Report of the Indian Hemp Drugs Commission, 1894-1895 - Volume VI
Year: 1894
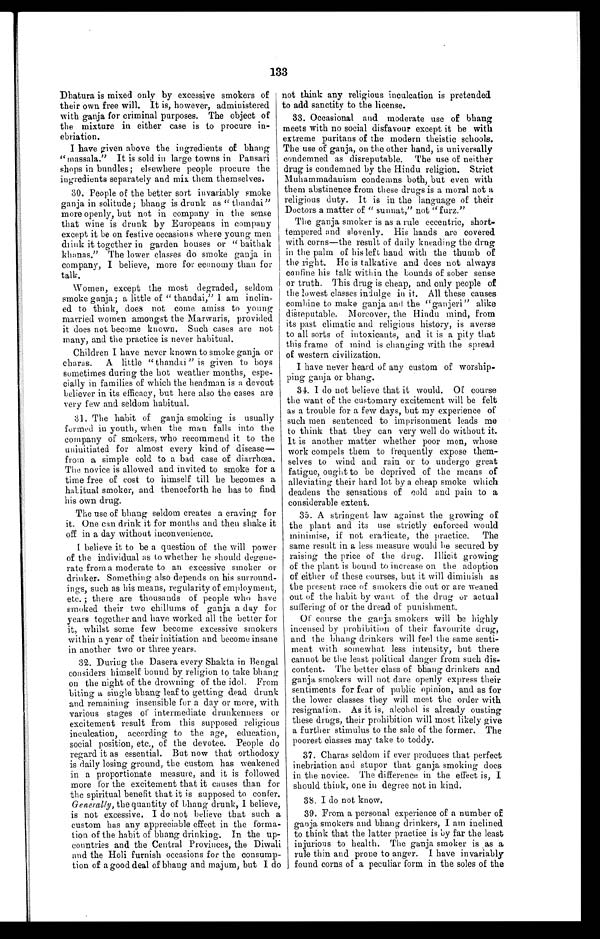
133
Dhatura is mixed only by excessive smokers of
their own free will. It is, however, administered
with ganja for criminal purposes. The object of
the mixture in either case is to procure in
-ebriation.
I have given above the ingredients of bhang
"massala." It is sold in large towns in Pansari
shops in bundles; elsewhere people procure the
ingredients separately and mix them themselves.
30. People of the better sort invariably smoke
ganja in solitude; bhang is drunk as "thandai"
more openly, but not in company in the sense
that wine is drunk by Europeans in company
except it be on festive occasions where young men
drink it together in garden houses or "baithak
khanas." The lower classes do smoke ganja in
company, I believe, more for economy than for
talk.
Women, except the most degraded, seldom
smoke ganja; a little of "thandai," I am inclin
- e d t o t h i n k , d o e s n o t c o m e a m i s s t o y o u n g
married women amongst the Marwaris, provided
it does not become known. Such cases are not
many, and the practice is never habitual.
Children I have never known to smoke ganja or
charas. A little "thandai" is given to boys
sometimes during the hot weather months, espe
- c i a l l y i n f a m i l i e s o f w h i c h t h e h e a d m a n i s a d e v o u t
believer in its efficacy, but here also the cases are
very few and seldom habitual.
31. The habit of ganja smoking is usually
formed in youth, when the man falls into the
company of smokers, who recommend it to the
uninitiated for almost every kind of disease
— f r o m a s i m p l e c o l d t o a b a d c a s e o f d i a r r h œ a .
The novice is allowed and invited to smoke for a
time free of cost to himself till he becomes a
h a b i t u a l s m o k e r , a n d t h e n c e f o r t h h e h a s t o f i n d
his own drug.
The use of bhang seldom creates a craving for
it. One can drink it for months and then shake it
off in a day without inconvenience.
I believe it to be a question of the will power
of the individual as to whether he should degene
- r a t e f r o m a m o d e r a t e t o a n e x c e s s i v e s m o k e r o r
drinker. Something also depends on his surround
-ings, such as his means, regularity of employment,
etc.; there are thousands of people who have
smoked their two chillums of ganja a day for
years together and have worked all the better for
it, whilst some few become excessive smokers
within a year of their initiation and become insane
in another two or three years.
32. During the Dasera every Shakta in Bengal
considers himself bound by religion to take bhang
on the night of the drowning of the idol. From
biting a single bhang leaf to getting dead drunk
and remaining insensible for a day or more, with
various stages of intermediate drunkenness or
excitement result from this supposed religious
inculcation, according to the age, education,
social position, etc., of the devotee. People do
regard it as essential. But now that orthodoxy
i s d a i l y l o s i n g g r o u n d , t h e c u s t o m h a s w e a k e n e d
in a proportionate measure, and it is followed
more for the excitement that it causes than for
the spiritual benefit that it is supposed to confer.
Generally, t h e q u a n t i t y o f b h a n g d r u n k , I b e l i e v e ,
is not excessive. I do not believe that such a
custom has any appreciable effect in the forma
-tion of the habit of bhang drinking. In the up
-countries and the Central Provinces, the Diwali
and the Holi furnish occasions for the consump
-tion of a good deal of bhang and majum, but I do
not think any religious inculcation is pretended
to add sanctity to the license.
33. Occasional and moderate use of bhang
meets with no social disfavour except it be with
extreme puritans of the modern theistic schools.
The use of ganja, on the other hand, is universally
condemned as disreputable. The use of neither
drug is condemned by the Hindu religion. Strict
Muhammadanism condemns both, but even with
them abstinence from these drugs is a moral not a
religious duty. It is in the language of their
Doctors a matter of "sunnat," not "furz."
The ganja smoker is as a rule eccentric, short-
tempered and slovenly. His hands are covered
with corns—the result of daily kneading the drug
in the palm of his left hand with the thumb of
the right. He is talkative and does not always
confine his talk within the bounds of sober sense
or truth. This drug is cheap, and only people of
the lowest classes indulge in it. All these causes
combine to make ganja and the "ganjeri" alike
disreputable. Moreover, the Hindu mind, from
its past climatic and religious history, is averse
to all sorts of intoxicants, and it is a pity that
this frame of mind is changing with the spread
of western civilization.
I have never heard of any custom of worship
-ping ganja or bhang.
34. I do not believe that it would. Of course
the want of the customary excitement will be felt
as a trouble for a few days, but my experience of
such men sentenced to imprisonment leads me
to think that they can very well do without it.
It is another matter whether poor men, whose
work compels them to frequently expose them
-selves to wind and rain or to undergo great
fatigue, ought to be deprived of the means of
alleviating their hard lot by a cheap smoke which
deadens the sensations of cold and pain to a
considerable extent.
35. A stringent law against the growing of
the plant and its use strictly enforced would
minimise, if not eradicate, the practice. The
same result in a less measure would be secured by
raising the price of the drug. Illicit growing
of the plant is bound to increase on the adoption
of either of these courses, but it will diminish as
the present race of smokers die out or are weaned
out of the habit by want of the drug or actual
suffering of or the dread of punishment.
Of course the ganja smokers will be highly
incensed by prohibition of their favourite drug,
and the bhang drinkers will feel the same senti
-ment with somewhat less intensity, but there
cannot be the least political danger from such dis
-content. The better class of bhang drinkers and
ganja smokers will not dare openly express their
sentiments for fear of public opinion, and as for
the lower classes they will meet the order with
resignation. As it is, alcohol is already ousting
these drugs, their prohibition will most likely give
a further stimulus to the sale of the former. The
poorest classes may take to toddy.
37. Charas seldom if ever produces that perfect
inebriation and stupor that ganja smoking does
in the novice. The difference in the effect is, I
should think, one in degree not in kind.
38. I do not know.
39. From a personal experience of a number of
ganja smokers and bhang drinkers, I am inclined
to think that the latter practice is by far the least
injurious to health. The ganja smoker is as
a rule thin and prone to anger. I have invariably
found corns of a peculiar form in the soles of the